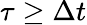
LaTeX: \tau\geq\Delta t